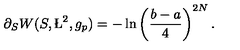
\partial _ { S } W ( S , \L ^ { 2 } , g _ { p } ) = - \ln \left( { \frac { b - a } { 4 } } \right) ^ { 2 N } .